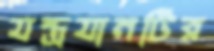
যন্ত্রযানটির